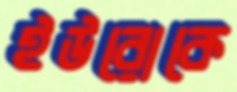
ইউরোকে